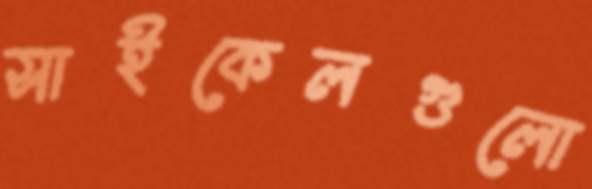
সাইকেলগুলো